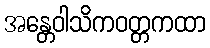
အန္တေဝါသိကဝတ္တကထာ